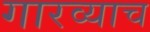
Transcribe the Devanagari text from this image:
गारव्याच